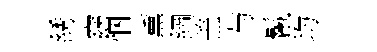
綉窈悃薰綱盖与鬣均